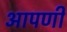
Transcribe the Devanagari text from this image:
आपणी